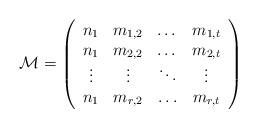
LaTeX: \begin{align*} \mathcal M = \left(\begin{array}{cccc} n_1 & m_{1,2} & \dots & m_{1,t}\\ n_1 & m_{2,2} & \dots & m_{2,t} \\ \vdots & \vdots & \ddots & \vdots \\ n_1 & m_{r,2} & \hdots & m_{r,t}\end{array}\right)\end{align*}